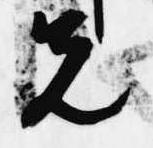
先